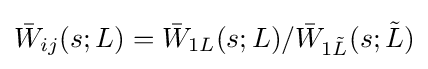
{\bar {W}}_{ij}(s;L)={\bar {W}}_{1L}(s;L)/{\bar {W}}_{1{\tilde {L}}}(s;{\tilde {L}})